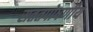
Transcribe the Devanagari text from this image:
सततपोषणीय